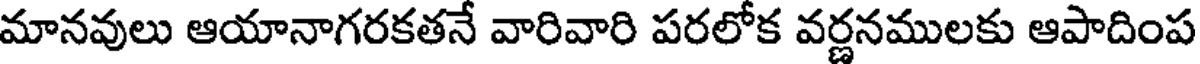
మానవులు ఆయానాగరకతనే వారివారి పరలోక వర్ణనములకు ఆపాదింప